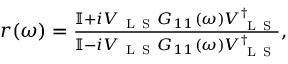
\begin{array} { r } { r ( \omega ) = \frac { \mathbb { I } + i V _ { \mathrm { ~ L ~ S ~ } } G _ { 1 1 } ( \omega ) V _ { \mathrm { ~ L ~ S ~ } } ^ { \dagger } } { \mathbb { I } - i V _ { \mathrm { ~ L ~ S ~ } } G _ { 1 1 } ( \omega ) V _ { \mathrm { ~ L ~ S ~ } } ^ { \dagger } } , } \end{array}